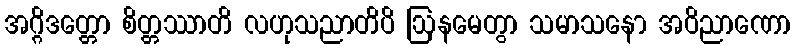
အဂ္ဂိဒတ္တော စိတ္တဿာတိ လဟုသညာတိပိ ဩနမေတွာ သမာသနော အဝိညာဏော